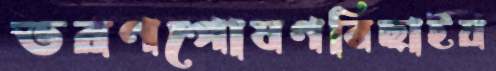
ভরণপোষণবিছাইয়